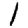
Digit: 1